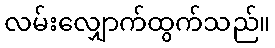
လမ်းလျှောက်ထွက်သည်။